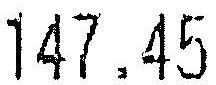
147.45